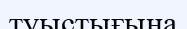
туыстығына